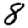
Digit: 8